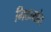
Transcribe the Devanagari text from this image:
मिठायांत